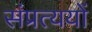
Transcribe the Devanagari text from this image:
संप्रत्ययों